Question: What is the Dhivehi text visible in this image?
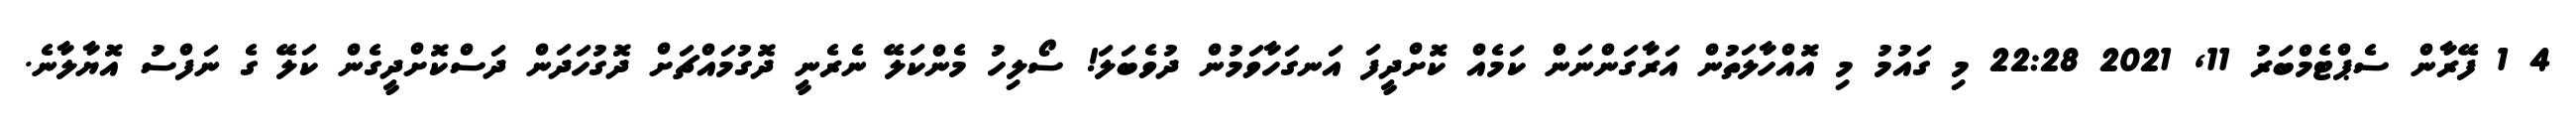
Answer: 4 1 ފޭރާން ސެޕްޓެމްބަރު 11, 2021 22:28 މި ގައުމު މި އޮއްހާލަތުން އަރާގަންނަން ކަމެއް ކޮށްދީފަ އަނގަހާވަމުން ދުވެބަލަ! ސޯލިހު މެންކަލޭ ނެރެނީ ދޮގުމައްޗަށް ދޮގުހަދަން ދަސްކޮށްދީގެން ކަލޭ ގެ ނަފްސު އޮޔާލާނެ.